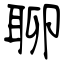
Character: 聊